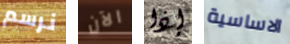
نرسم الآن إذا الاساسية